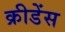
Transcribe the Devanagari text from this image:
क्रीडेंस